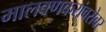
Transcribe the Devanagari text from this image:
मालवणकरांबरोबर